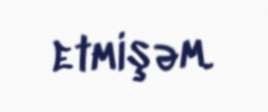
etmişəm.